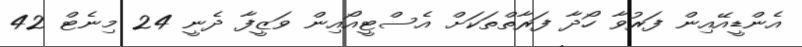
އެންޑީއޭއިން ފަރުވާ ހޯދާ ފަރާތްތަކަށް އެސްޓީއޯއިން ވަޒީފާ ދެނީ 24 މިނެޓް 42